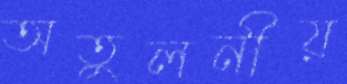
অতুলনীয়